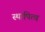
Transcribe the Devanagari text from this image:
स्थापित्व